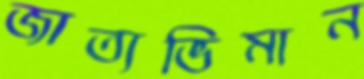
জাত্যভিমান